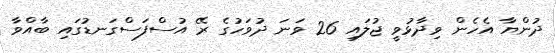
ދުންޔާ އެހެން ވިދާޅުވީ ޖުލައި 26 ވަނަ ދުވަހުގެ ރޭ އުސްފަސްގަނޑުގައި ބާއްވާ